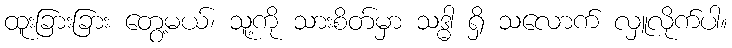
ထူးခြားခြား တွေ့မယ်၊ သူ့ကို သားစိတ်မှာ သဒ္ဓါ ရှိ သလောက် လှူလိုက်ပါ။